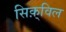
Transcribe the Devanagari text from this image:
सिक़्विल